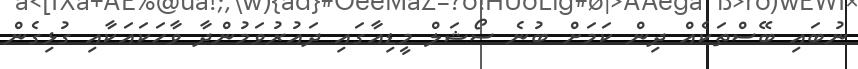
ނުބައި ބޭސްތަކެއް ދިން ކަމަށް ބުނެ ސޯޝަލް މީޑިއާގައި ދައުރުވަމުންދާ ވާހަކައަކާއި ގުޅިގެން